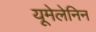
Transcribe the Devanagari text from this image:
यूमेलेनिन